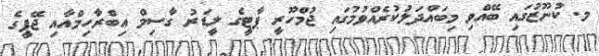
މ. ކުނޫޒުގައި ބޭއްވި މިބައްދަލުކުރެއްވުމުގައި ޖުމްހޫރީ ޕާޓީގެ ލީޑަރު ގާސިމް އިބްރާހިމްއާއި ޖޭޕީގެ